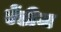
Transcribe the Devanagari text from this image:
ऐंडीज